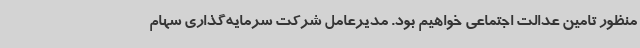
منظور تامین عدالت اجتماعی خواهیم بود. مدیرعامل شرکت سرمایه‌گذاری سهام